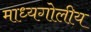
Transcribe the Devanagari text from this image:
माध्यगोलीय